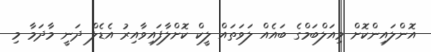
އޮންލައިންކޮށް މިއަލްބަމްގެ ބައެއް ލަވަތައް ލީކް ކޮށްލާފައިވާއިރު އެޑެލް ދަނީ މާދަމާ މި